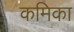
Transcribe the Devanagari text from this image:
कमिका